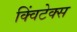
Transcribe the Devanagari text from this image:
क्विंटेक्स